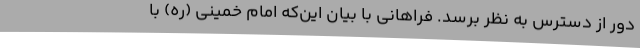
دور از دسترس به نظر برسد. فراهانی با بیان این‌که امام خمینی (ره) با